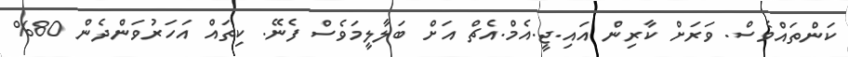
ކަންތައްވެސް. ވަރަށް ކާރިން އައި.ޖީ.އެމް.އެޗް އަށް ބަލާލީމަވެސް ފެނޭ. ކިތައް އަހަރުވަންދެން 80%